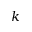
k